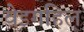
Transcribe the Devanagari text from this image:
वेइगहिल